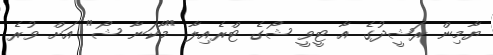
ޔާމިން ރަޝީދުގެ އާ ޓީވީ ޝޯގެ ޓްރެއިލާ "މާކަނާ ޝޯ" އަށް ވުރެ